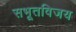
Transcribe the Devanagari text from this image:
सभूतविजय